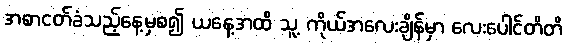
အစာငတ်ခံသည့်နေ့မှစ၍ ယနေ့အထိ သူ့ ကိုယ်အလေးချိန်မှာ လေးပေါင်တိတိ